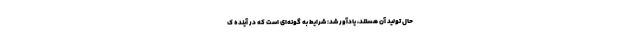
حال تولید آن هستند، یادآور شد: شرایط به گونه‌ای است که در آینده ک